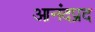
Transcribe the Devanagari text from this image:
आनंदप्रद